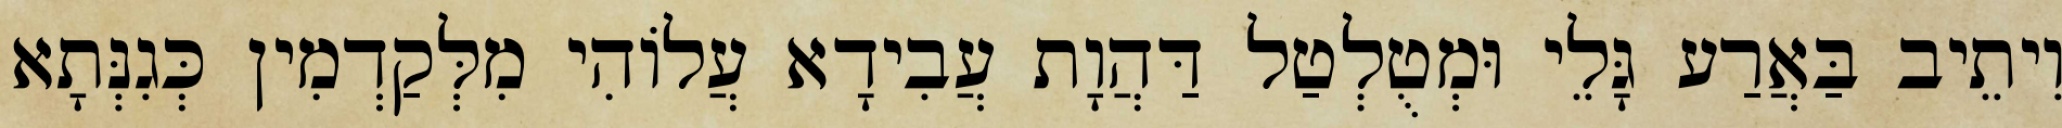
וִיתֵיב בַּאֲרַע גָּלֵי וּמְטֻלְטַל דַּהֲוָת עֲבִידָא עֲלוֹהִי מִלְּקַדְמִין כְּגִנְּתָא